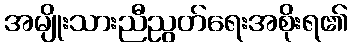
အမျိုးသားညီညွတ်ရေးအစိုးရ၏